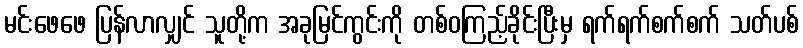
မင်းဖေဖေ ပြန်လာလျှင် သူတို့က အခုမြင်ကွင်းကို တစ်ဝကြည့်ခိုင်းပြီးမှ ရက်ရက်စက်စက် သတ်ပစ်